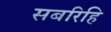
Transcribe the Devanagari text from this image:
सबरिहि